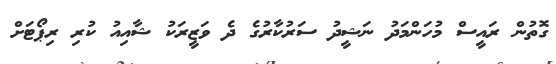
ގޮތުން ރައީސް މުހަންމަދު ނަޝީދު ސަރުކާރުގެ ދެ ވަޒީރަކު ޝާއިއު ކުރި ރިޕޯޓަށް